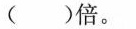
( )倍。